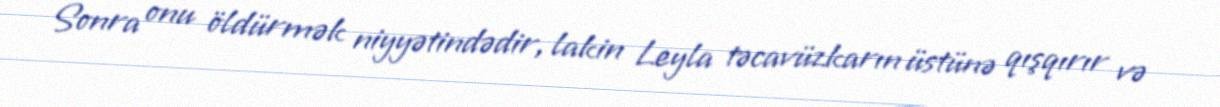
Sonra onu öldürmək niyyətindədir, lakin Leyla təcavüzkarın üstünə qışqırır və